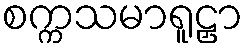
စက္ကသမာရူဠှာ